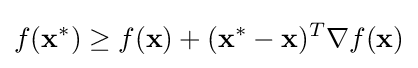
f(\mathbf {x} ^{*})\geq f(\mathbf {x} )+(\mathbf {x} ^{*}-\mathbf {x} )^{T}\nabla f(\mathbf {x} )